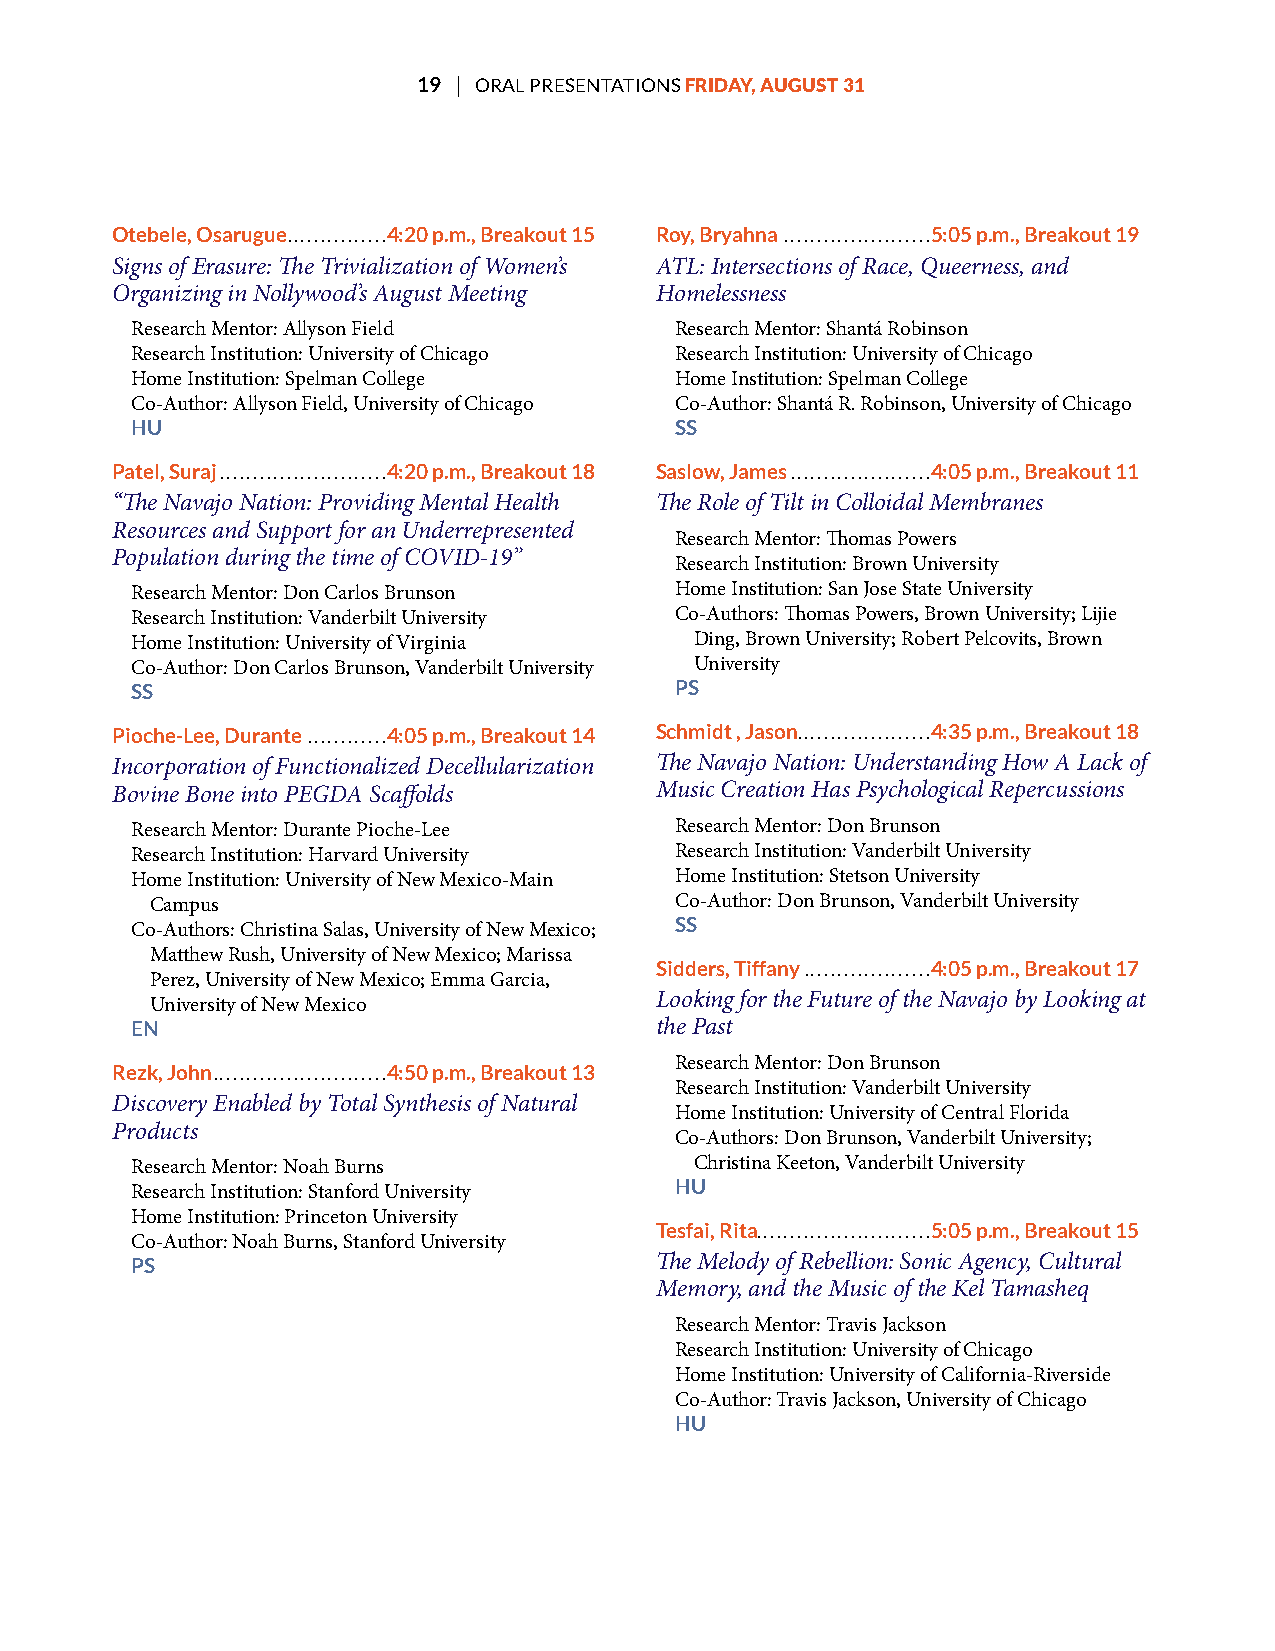
19 | ORAL PRESENTATIONS FRIDAY, AUGUST 31
 Otebele, Osarugue ...............4:20 p.m., Breakout 15 Roy, Bryahna ......................5:05 p.m., Breakout 19
 Signs of Erasure: Te Trivialization of Women’s ATL: Intersections of Race, Queerness, and
 Organizing in Nollywood’s August Meeting Homelessness
 Research Mentor: Allyson Field      Research Mentor: Shantá Robinson
 Research Institution: University of Chicago Research Institution: University of Chicago
 Home Institution: Spelman College   Home Institution: Spelman College
 Co-Author: Allyson Field, University of Chicago Co-Author: Shantá R. Robinson, University of Chicago
 HU                                  SS
 Patel, Suraj .........................4:20 p.m., Breakout 18 Saslow, James .....................4:05 p.m., Breakout 11
 “Te Navajo Nation: Providing Mental Health Te Role of Tilt in Colloidal Membranes
 Resources and Support for an Underrepresented
 Research Mentor: Tomas Powers
 Population during the time of COVID-19”
 Research Institution: Brown University
 Research Mentor: Don Carlos Brunson Home Institution: San Jose State University
 Research Institution: Vanderbilt University Co-Authors: Tomas Powers, Brown University; Lijie
 Home Institution: University of Virginia Ding, Brown University; Robert Pelcovits, Brown
 Co-Author: Don Carlos Brunson, Vanderbilt University University
 SS                                  PS
 Pioche-Lee, Durante ............4:05 p.m., Breakout 14 Schmidt , Jason ....................4:35 p.m., Breakout 18
 Incorporation of Functionalized Decellularization Te Navajo Nation: Understanding How A Lack of
 Bovine Bone into PEGDA Scafolds     Music Creation Has Psychological Repercussions
 Research Mentor: Durante Pioche-Lee Research Mentor: Don Brunson
 Research Institution: Harvard University Research Institution: Vanderbilt University
 Home Institution: University of New Mexico-Main Home Institution: Stetson University
 Campus                             Co-Author: Don Brunson, Vanderbilt University
 SS
 Co-Authors: Christina Salas, University of New Mexico;
 Matthew Rush, University of New Mexico; Marissa
 Sidders, Tiffany ...................4:05 p.m., Breakout 17
 Perez, University of New Mexico; Emma Garcia,
 Looking for the Future of the Navajo by Looking at
 University of New Mexico
 EN                                the Past
 Research Mentor: Don Brunson
 Rezk, John ..........................4:50 p.m., Breakout 13
 Research Institution: Vanderbilt University
 Discovery Enabled by Total Synthesis of Natural
 Home Institution: University of Central Florida
 Products
 Co-Authors: Don Brunson, Vanderbilt University;
 Research Mentor: Noah Burns          Christina Keeton, Vanderbilt University
 HU
 Research Institution: Stanford University
 Home Institution: Princeton University
 Tesfai, Rita. . . . . . . . . . . . . . . . . . . . . . . . . .5:05 p.m., Breakout 15
 Co-Author: Noah Burns, Stanford University
 PS                                Te Melody of Rebellion: Sonic Agency, Cultural
 Memory, and the Music of the Kel Tamasheq
 Research Mentor: Travis Jackson
 Research Institution: University of Chicago
 Home Institution: University of California-Riverside
 Co-Author: Travis Jackson, University of Chicago
 HU